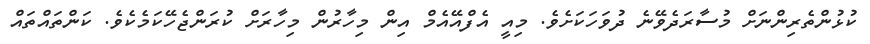
ކުޅުންތެރިންނަށް މުސާރަދެވޭނެ ދުވަހަކަށެވެ. މިއީ އެފްއޭއެމް އިން މިހާރުން މިހާރަށް ކުރަންޖެހޭކަމެކެވެ. ކަންތައްތައް